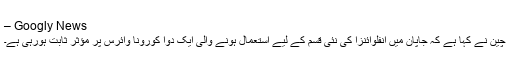
– Googly News
چین نے کہا ہے کہ جاپان میں انفلوائنزا کی نئی قسم کے لیے استعمال ہونے والی ایک دوا کورونا وائرس پر مؤثر ثابت ہورہی ہے۔